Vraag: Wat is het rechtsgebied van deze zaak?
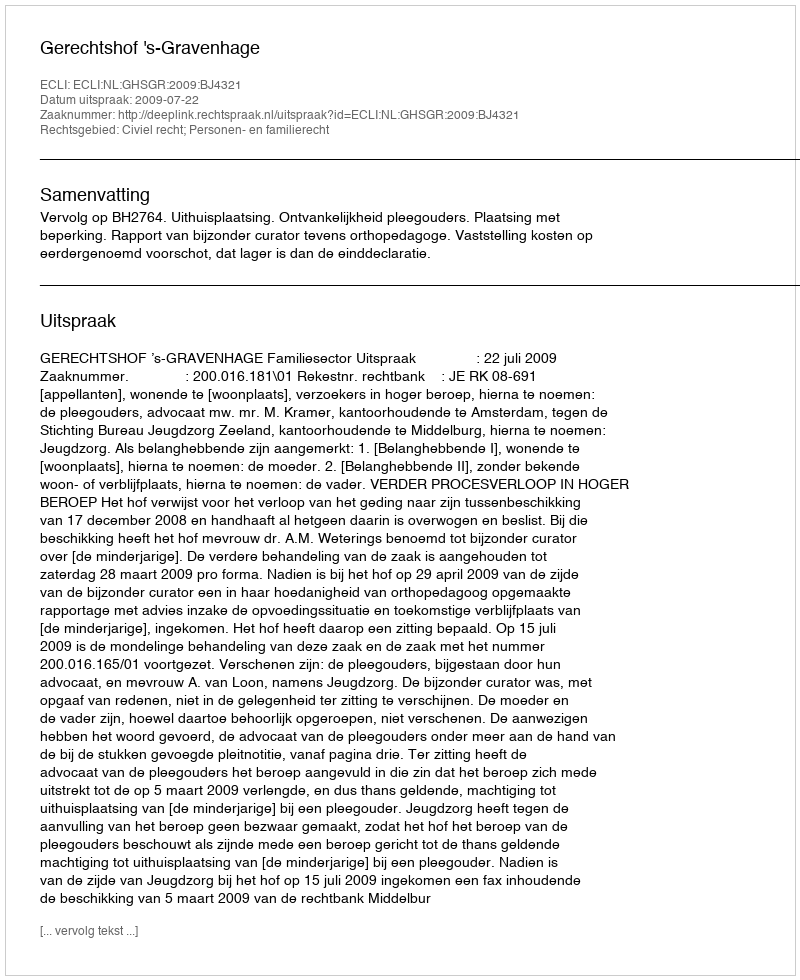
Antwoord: Civiel recht; Personen- en familierecht